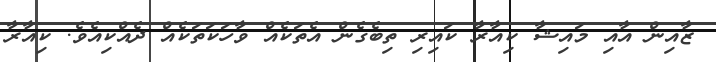
ޒާއިން އާއި މައިޝާ ކިއާރާ ކައިރި ތިބެގެން އެތަކެއް ވާހަކަތަކެއް ދެއްކިއެވެ. ކިއާރާ